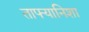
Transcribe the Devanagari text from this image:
ताफ्यानिशा